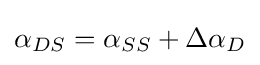
\alpha _{DS}=\alpha _{SS}+\Delta \alpha _{D}